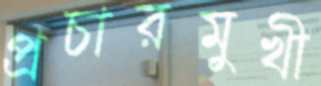
প্রচারমুখী